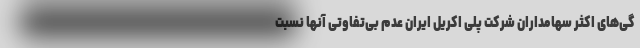
گی‌های اکثر سهامداران شرکت پلی اکریل ایران عدم بی‌تفاوتی آنها نسبت